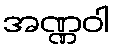
အဏ္ဏဝါ